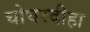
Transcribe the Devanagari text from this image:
घोघरदीहा